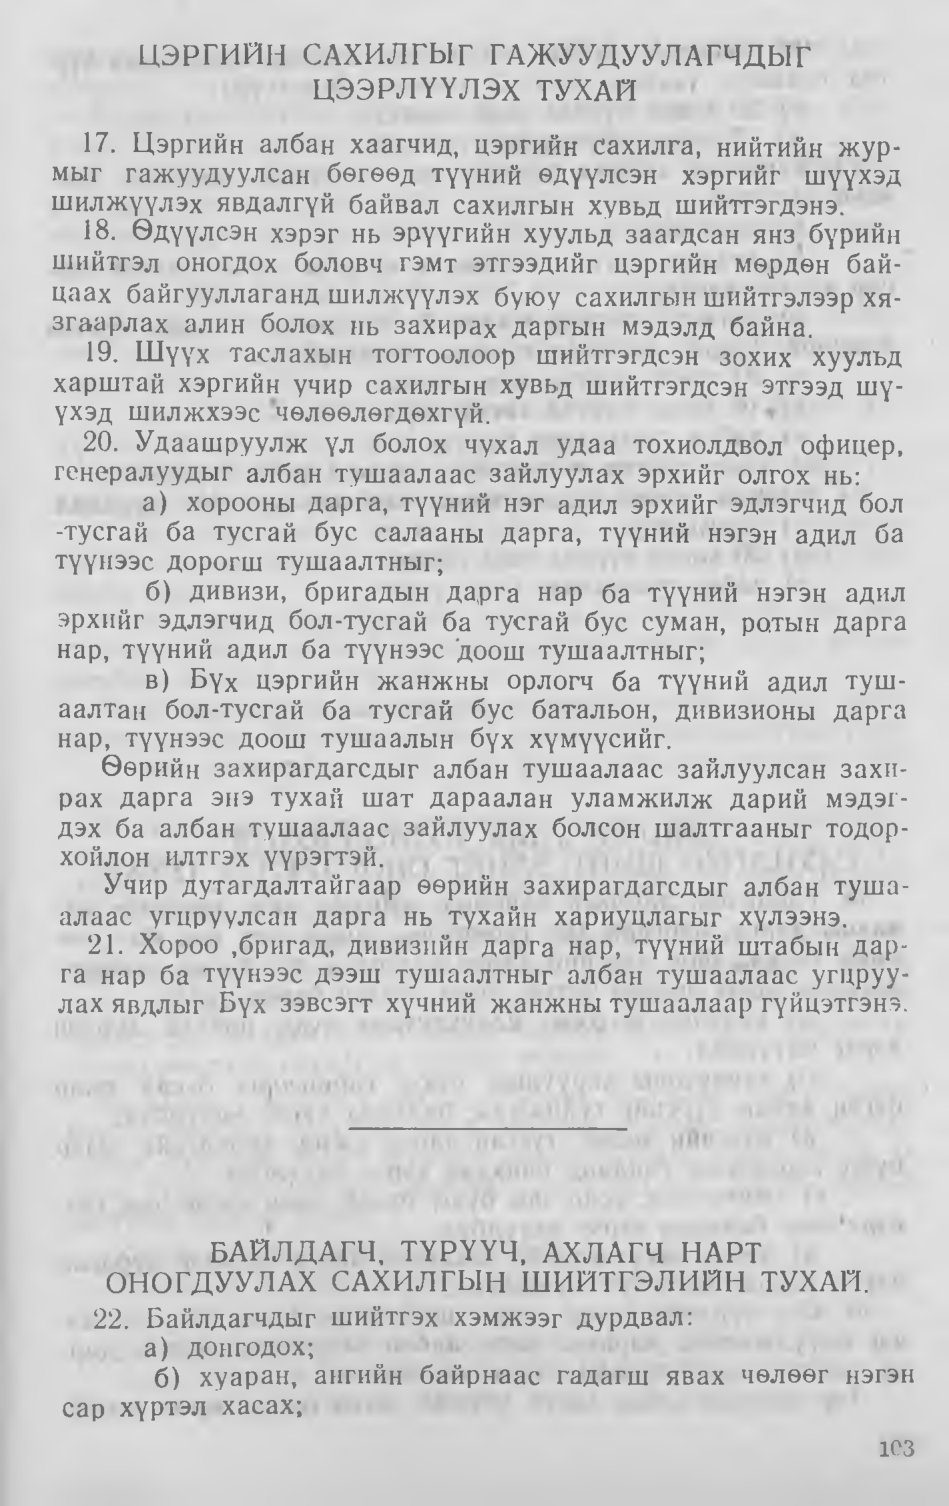
Language: mn